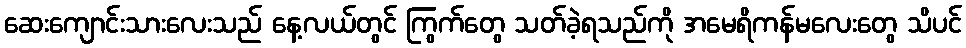
ဆေးကျောင်းသားလေးသည် နေ့လယ်တွင် ကြွက်တွေ သတ်ခဲ့ရသည်ကို အမေရိကန်မလေးတွေ သိပင်